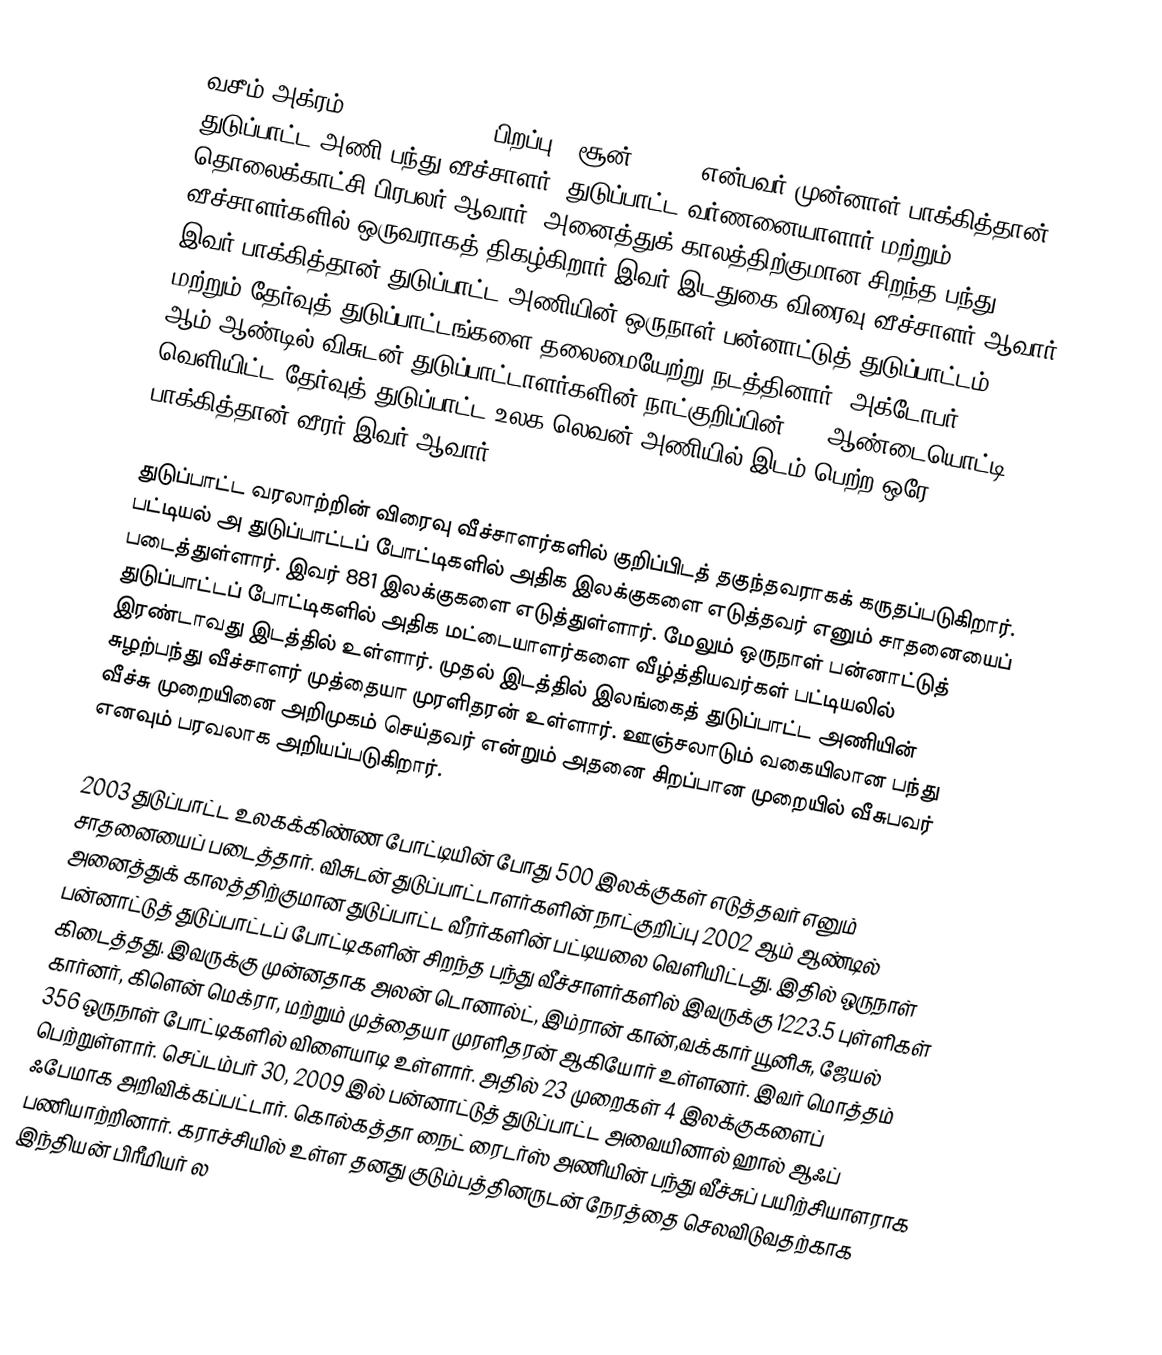
வசீம் அக்ரம் (Wasim  Akram (; பிறப்பு 3 சூன், 1966) என்பவர் முன்னாள் பாக்கித்தான் துடுப்பாட்ட அணி பந்து வீச்சாளர் ,துடுப்பாட்ட வர்ணனையாளார் மற்றும் தொலைக்காட்சி பிரபலர் ஆவார். அனைத்துக் காலத்திற்குமான சிறந்த பந்து வீச்சாளர்களில் ஒருவராகத் திகழ்கிறார்  இவர் இடதுகை விரைவு வீச்சாளர் ஆவார்.  இவர் பாக்கித்தான் துடுப்பாட்ட அணியின் ஒருநாள் பன்னாட்டுத் துடுப்பாட்டம் மற்றும் தேர்வுத் துடுப்பாட்டங்களை தலைமையேற்று நடத்தினார். அக்டோபர், 2013 ஆம் ஆண்டில் விசுடன் துடுப்பாட்டாளர்களின் நாட்குறிப்பின் 150 ஆண்டையொட்டி வெளியிட்ட தேர்வுத் துடுப்பாட்ட உலக லெவன் அணியில் இடம் பெற்ற ஒரே பாக்கித்தான் வீரர் இவர் ஆவார்.

துடுப்பாட்ட வரலாற்றின் விரைவு வீச்சாளர்களில் குறிப்பிடத் தகுந்தவராகக் கருதப்படுகிறார். பட்டியல் அ துடுப்பாட்டப் போட்டிகளில் அதிக இலக்குகளை எடுத்தவர் எனும் சாதனையைப் படைத்துள்ளார். இவர் 881 இலக்குகளை எடுத்துள்ளார். மேலும் ஒருநாள் பன்னாட்டுத் துடுப்பாட்டப் போட்டிகளில் அதிக மட்டையாளர்களை வீழ்த்தியவர்கள் பட்டியலில் இரண்டாவது இடத்தில் உள்ளார். முதல் இடத்தில் இலங்கைத் துடுப்பாட்ட அணியின் சுழற்பந்து வீச்சாளர் முத்தையா முரளிதரன் உள்ளார். ஊஞ்சலாடும் வகையிலான பந்து வீச்சு முறையினை அறிமுகம் செய்தவர் என்றும் அதனை சிறப்பான முறையில் வீசுபவர் எனவும் பரவலாக அறியப்படுகிறார்.

2003 துடுப்பாட்ட உலகக்கிண்ண போட்டியின் போது 500 இலக்குகள் எடுத்தவர் எனும் சாதனையைப் படைத்தார். விசுடன் துடுப்பாட்டாளர்களின் நாட்குறிப்பு 2002 ஆம் ஆண்டில் அனைத்துக் காலத்திற்குமான துடுப்பாட்ட வீரர்களின் பட்டியலை வெளியிட்டது. இதில் ஒருநாள் பன்னாட்டுத் துடுப்பாட்டப் போட்டிகளின் சிறந்த பந்து வீச்சாளர்களில் இவருக்கு 1223.5 புள்ளிகள் கிடைத்தது. இவருக்கு முன்னதாக   அலன் டொனால்ட், இம்ரான் கான்,வக்கார் யூனிசு, ஜேயல் கார்னர், கிளென் மெக்ரா, மற்றும் முத்தையா முரளிதரன் ஆகியோர் உள்ளனர். இவர் மொத்தம் 356 ஒருநாள் போட்டிகளில் விளையாடி உள்ளார். அதில் 23 முறைகள் 4 இலக்குகளைப் பெற்றுள்ளார். செப்டம்பர் 30, 2009 இல் பன்னாட்டுத் துடுப்பாட்ட அவையினால் ஹால் ஆஃப் ஃபேமாக  அறிவிக்கப்பட்டார். கொல்கத்தா நைட் ரைடர்ஸ் அணியின் பந்து வீச்சுப் பயிற்சியாளராக பணியாற்றினார். கராச்சியில் உள்ள தனது குடும்பத்தினருடன் நேரத்தை செலவிடுவதற்காக இந்தியன் பிரீமியர் ல